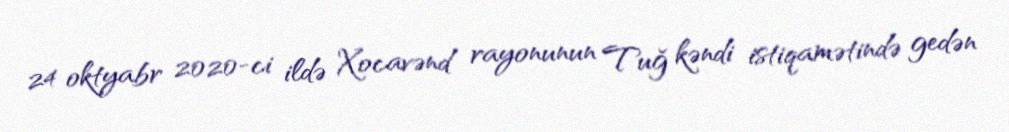
24 oktyabr 2020-ci ildə Xocavənd rayonunun Tuğ kəndi istiqamətində gedən